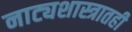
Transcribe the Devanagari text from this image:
नाट्यशास्त्रातही